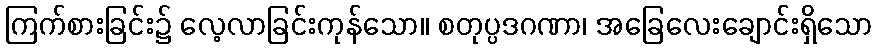
ကြက်စားခြင်း၌ လေ့လာခြင်းကုန်သော။ စတုပ္ပဒဂဏာ၊ အခြေလေးချောင်းရှိသော